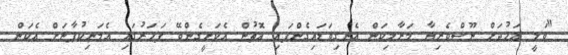
"ވަލީ އަހުދަށް ނޫސްވެރިޔާ މަރާލިކަން އެނގިވަޑައިގެންފައި އޮތުން އެކަށީގެންވޭ ފަހަރުގައި އެމަނިކުފާނަށް އެކަން